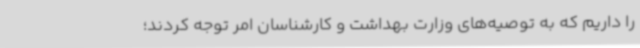
را داریم که به توصیه‌های وزارت بهداشت و کارشناسان امر توجه کردند؛